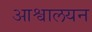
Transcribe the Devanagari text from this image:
आश्वालयन